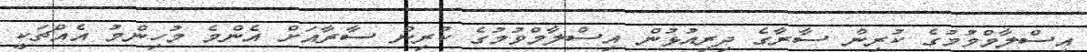
އިސްލާމްވުމުގެ ކުރިން ސާރާގެ ދިރިއުޅުން އިސްލާމްވުމުގެ ކުރިން ސާރާއަށް އެންމެ މުހިންމު އެއްޗަކީ